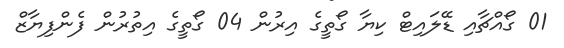
01 ގޯއްޗާއި ޑޭލައިޓް ކިޔާ ގޯތީގެ އިރުން 04 ގޯތީގެ އިތުރުން ފެންފިޔާޒް